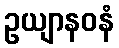
ဥယျာနဝနံ